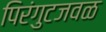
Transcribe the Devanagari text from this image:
पिरंगुटजवळ